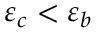
\varepsilon _ { c } < \varepsilon _ { b }